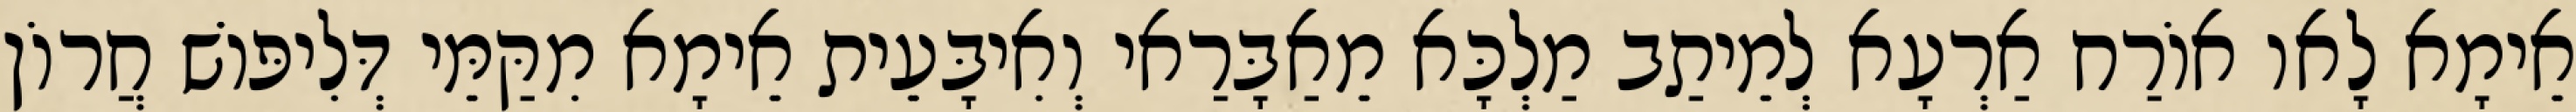
אֵימָא לָאו אוֹרַח אַרְעָא לְמֵיתַב מַלְכָּא מֵאַבָּרַאי וְאִיבָּעֵית אֵימָא מִקַּמֵּי דְּלִיפּוֹשׁ חֲרוֹן